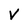
Character: v